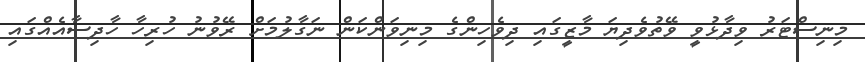
މިނިސްޓަރު ވިދާޅުވީ ވޭތުވެދިޔަ މާޒީގައި ދިވެހިންގެ މިނިވަންކަން ނަގާލުމަށް ރޭވުނު ހުރިހާ ހާދިސާއެއްގައި